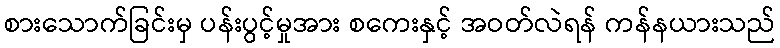
စားသောက်ခြင်းမှ ပန်းပွင့်မှုအား စကေးနှင့် အဝတ်လဲရန် ကန်နယားသည်